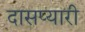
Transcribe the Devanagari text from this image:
दासप्यारी